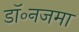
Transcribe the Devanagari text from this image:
डॉ॰नजमा